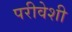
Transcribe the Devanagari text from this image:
परीवेशी